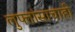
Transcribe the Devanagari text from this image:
लुफ्तांसाचाही